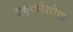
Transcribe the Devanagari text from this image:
एबृकोसोफ